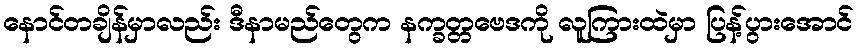
နောင်တချိန်မှာလည်း ဒီနာမည်တွေက နက္ခတ္တဗေဒကို လူကြားထဲမှာ ပြန့်ပွားအောင်